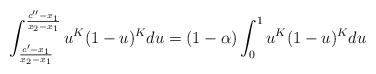
LaTeX: \begin{align*}\displaystyle \int_{\frac{c'-x_1}{x_2-x_1}}^{\frac{c''-x_1}{x_2-x_1}}u^K(1-u)^Kdu=(1-\alpha)\int_0^1 u^K(1-u)^K du\end{align*}